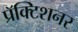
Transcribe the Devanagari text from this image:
प्रॅक्टिशनर